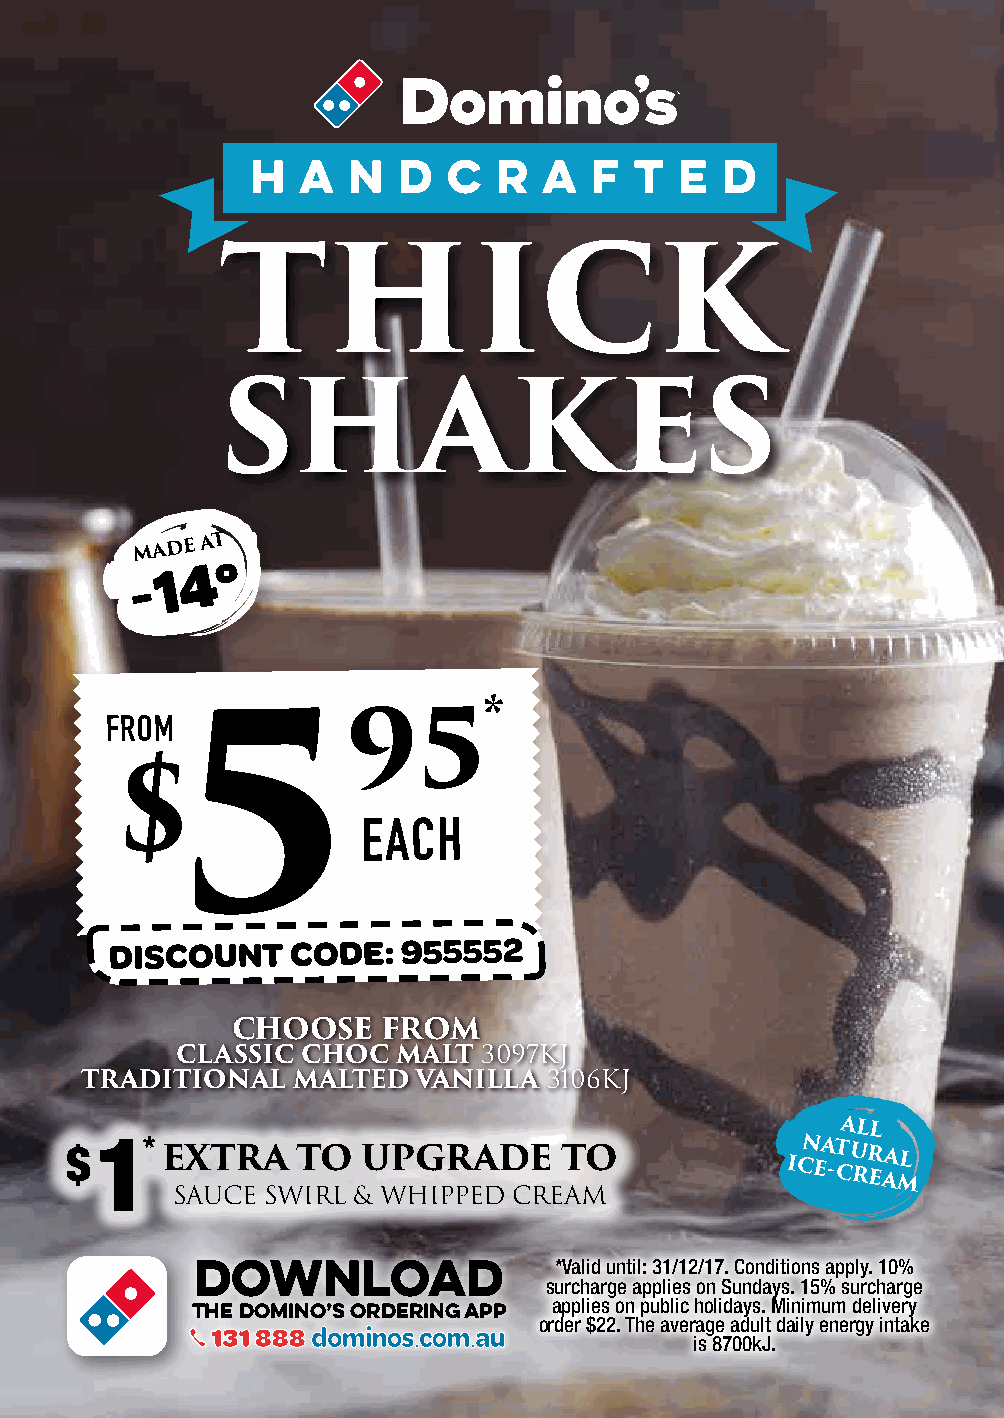
H  A  N  D   C  R  A  F  T  E  D
 THICK
 SHAKES
 MADE AT
 4  º
 - 1
 FROM                     *
 95
 5
 $
 EACH
 DISCOUNT    CODE:   955552
 CHOOSE    FROM
 CLASSIC CHOC  MALT  3097KJ
 TRADITIONAL   MALTED   VANILLA 3106KJ
 ALL
 $1     EXTRA    TO  UPGRADE      TO             ICN EA -T CU RR EAA ML
 SAUCE SWIRL & WHIPPED  CREAM
 *Valid until: 31/12/17. Conditions apply. 10%
 DDOOWWNNLLOOAADD
 surcharge applies on Sundays. 15% surcharge
 applies on public holidays. Minimum delivery
 THTHE ED DOOMMININOO’S’ So orrddereriningg a apppp
 order $22. The average adult daily energy intake
 13131 18 88888
 is 8700kJ.
 *